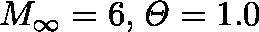
M _ { \infty } = 6 , \mathit { \Theta } = 1 . 0